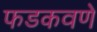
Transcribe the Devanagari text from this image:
फडकवणे